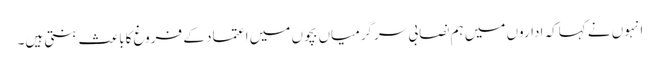
انہوں نے کہاکہ اداروں میں ہم نصابی سرگرمیاں بچوں میں اعتماد کے فروغ کاباعث بنتی ہیں۔